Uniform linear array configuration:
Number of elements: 12
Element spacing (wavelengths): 0.5
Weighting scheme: binomial
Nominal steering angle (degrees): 30
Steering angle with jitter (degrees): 31.287
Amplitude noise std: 0.05
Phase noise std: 0.05

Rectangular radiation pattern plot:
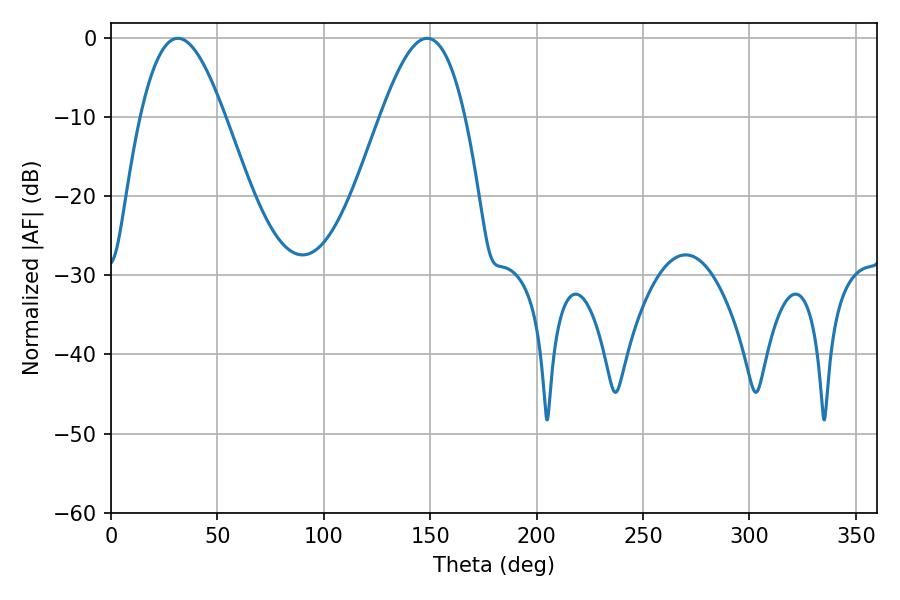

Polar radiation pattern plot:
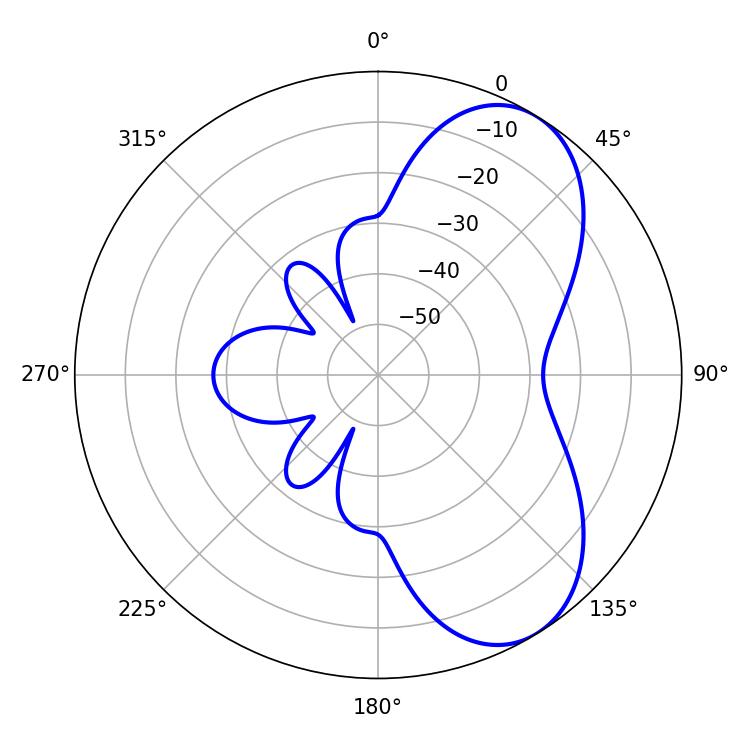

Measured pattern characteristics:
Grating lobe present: FALSE
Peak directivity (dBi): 6.583
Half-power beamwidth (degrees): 21.42
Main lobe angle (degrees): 31.5